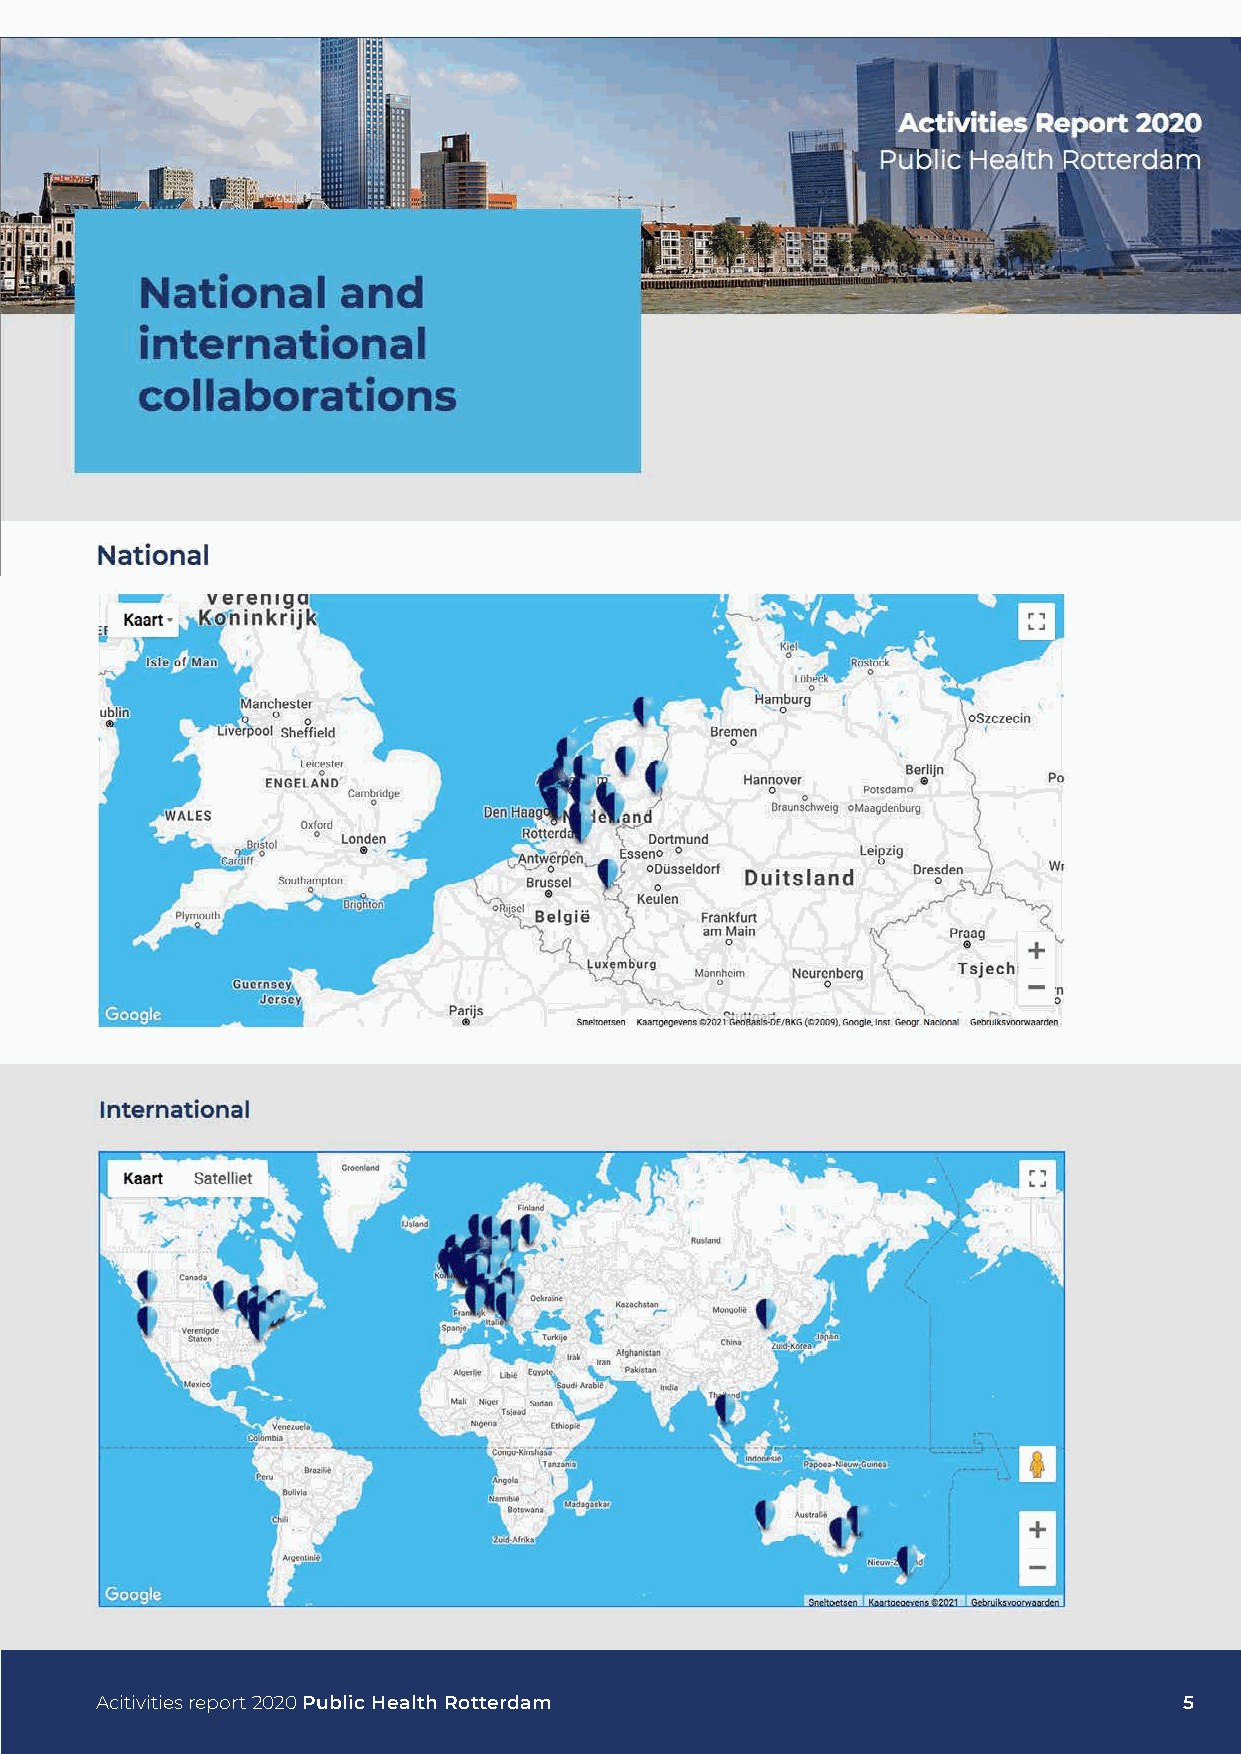
Acitivities report 2020 Public Health Rotterdam                         5